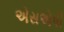
એસએપી